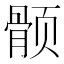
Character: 𱂵